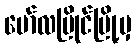
မော်လမြိုင်မြို့မှ